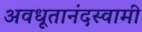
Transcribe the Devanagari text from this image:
अवधूतानंदस्वामी